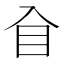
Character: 𥃮